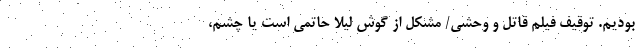
بودیم. توقیف فیلم قاتل و وحشی/ مشکل از گوش لیلا حاتمی است یا چشم،